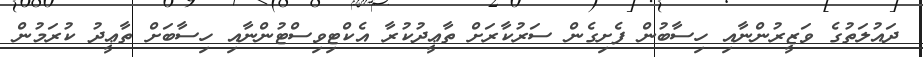
ދައުލަތުގެ ވަޒީރުންނާއި ހިސާބުން ފެށިގެން ސަރުކާރަށް ތާޢީދުކުރާ އެކްޓިވިސްޓުންނާއި ހިސާބަށް ތާޢީދު ކުރަމުން